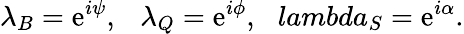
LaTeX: \lambda_{B}=\mathrm{e}^{i\psi},\ \ \ \lambda_{Q}=\mathrm{e}^{i\phi},\ \ \, lambda_{S}=\mathrm{e}^{i\alpha}.